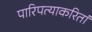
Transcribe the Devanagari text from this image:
पारिपत्याकरितां